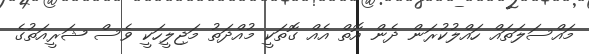
މައްސަލަތައް ހައްލުކުރަން ދެން އޮތް އެއް ގޮތަކީ މުއްދަތު މަޖިލީހަކީ ވެސް ޝަރީއަތުގެ